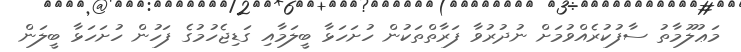
މަޢުލޫމާތު ސާފުކުރެއްވުމަށް ނުދުރުވާ ފަރާތްތަކުން ހުށަހަޅާ ބީލަމާއި ގަޑިޖެހުމުގެ ފަހުން ހުށަހަޅާ ބީލަން